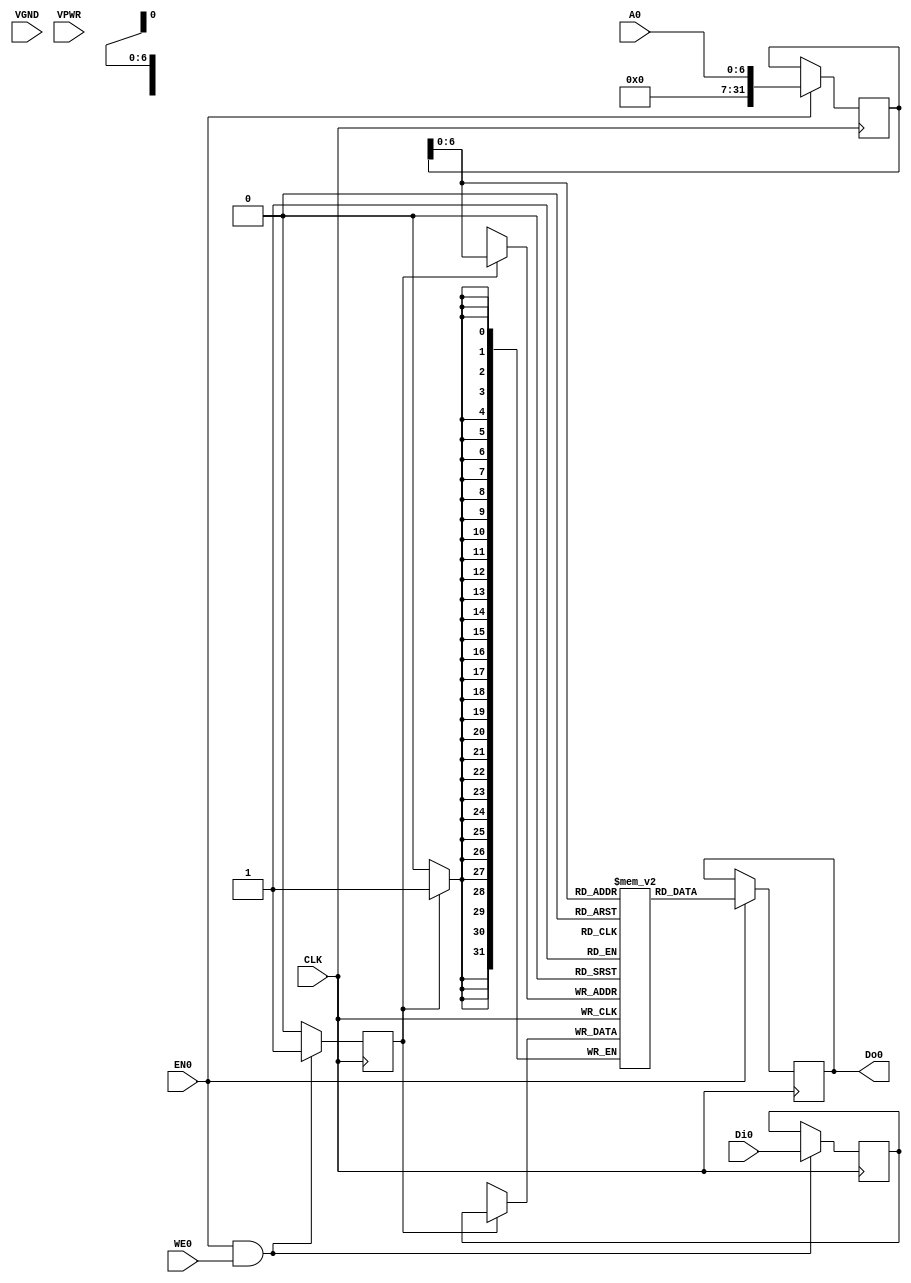
module RAM128 (
    input CLK,
    input EN0,
    input VGND,
    input VPWR,
    input [6:0] A0,
    input [31:0] Di0,
    output [31:0] Do0,
    input [3:0] WE0
);

  // Parameter for memory size
  parameter MEM_DEPTH = 128;
  // Parameter for data width
  parameter DATA_WIDTH = 32;

  // Memory array
  reg [DATA_WIDTH - 1:0] memory [0:MEM_DEPTH-1];

  // Read and Write signals for internal use
  reg [31:0] address_rd;
  reg [DATA_WIDTH - 1:0] data_out;
  reg [DATA_WIDTH - 1:0] data_in;
  reg write_en;

  // Read operation
  always @(posedge CLK) begin
    if (EN0) begin
      address_rd <= A0;
      data_out <= memory[address_rd];
    end
  end

  // Write operation
  always @(posedge CLK) begin
    if (EN0 && WE0) begin
      write_en <= 1;
      data_in <= Di0;
    end else begin
      write_en <= 0;
    end
  end

  // Write enable control and memory update
  always @(posedge CLK) begin
    if (write_en) begin
      memory[address_rd] <= data_in;
    end
  end

  // Output data
  assign Do0 = data_out;

endmodule